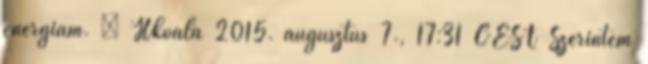
energiám. – Hkoala 2015. augusztus 7., 17:31 CEST Szerintem